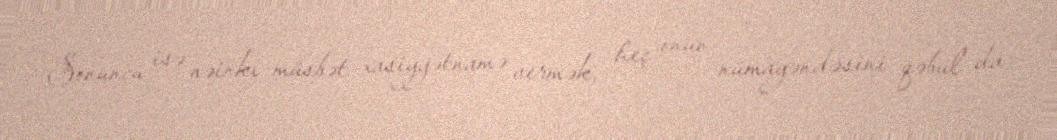
Sonuncu isə nəinki müsbət xasiyyətnamə vermək, heç onun nümayəndəsini qəbul da